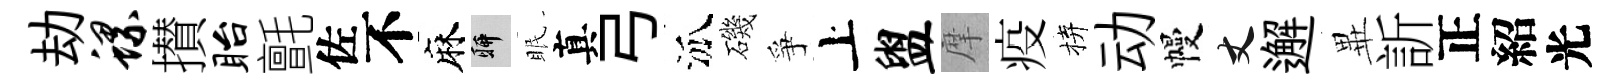
劫螺攅眙氈佐不麻聊眠真弓泒磯爭上盥摩疫拚动幔丈邂𭺾訢正紹光